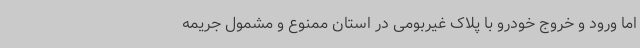
اما ورود و خروج خودرو با پلاک غیربومی در استان ممنوع و مشمول جریمه